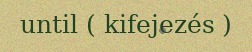
until ( kifejezés )